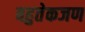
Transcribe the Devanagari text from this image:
बहुतेकजण